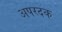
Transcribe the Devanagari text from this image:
अपरदक